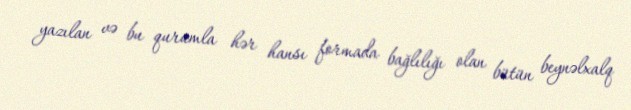
yazılan və bu qurumla hər hansı formada bağlılığı olan bütün beynəlxalq